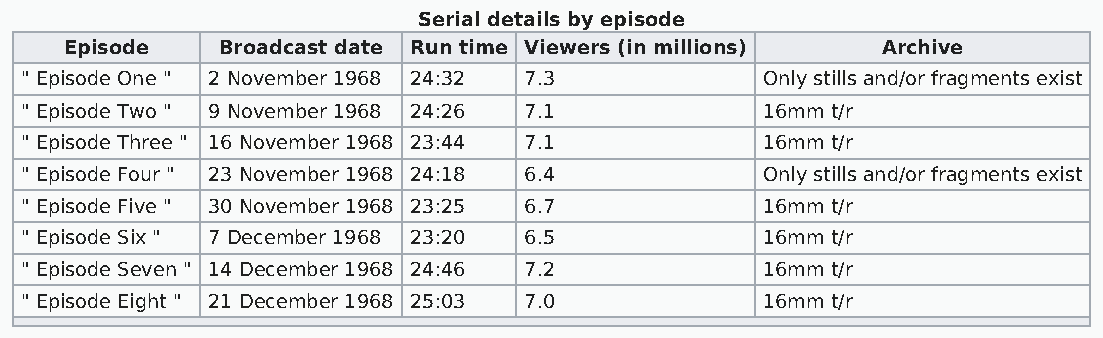
Serial details by episode
 Episode   Broadcast date Run time Viewers (in millions) Archive
 " Episode One " 2 November 1968 24:32 7.3        Only stills and/or fragments exist
 " Episode Two " 9 November 1968 24:26 7.1        16mm t/r
 " Episode Three " 16 November 1968 23:44 7.1     16mm t/r
 " Episode Four " 23 November 1968 24:18 6.4      Only stills and/or fragments exist
 " Episode Five " 30 November 1968 23:25 6.7      16mm t/r
 " Episode Six " 7 December 1968 23:20 6.5        16mm t/r
 " Episode Seven " 14 December 1968 24:46 7.2     16mm t/r
 " Episode Eight " 21 December 1968 25:03 7.0     16mm t/r